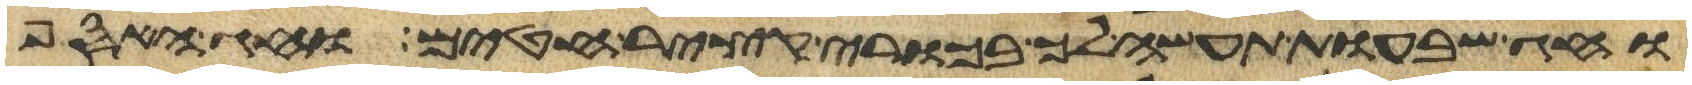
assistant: וחג שבעות תעשה לך בכורי קציר חטים וחג האסף